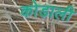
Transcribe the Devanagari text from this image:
कोडाली